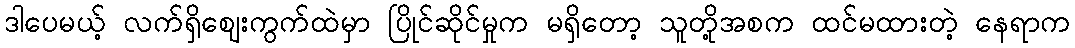
ဒါပေမယ့် လက်ရှိဈေးကွက်ထဲမှာ ပြိုင်ဆိုင်မှုက မရှိတော့ သူတို့အစက ထင်မထားတဲ့ နေရာက